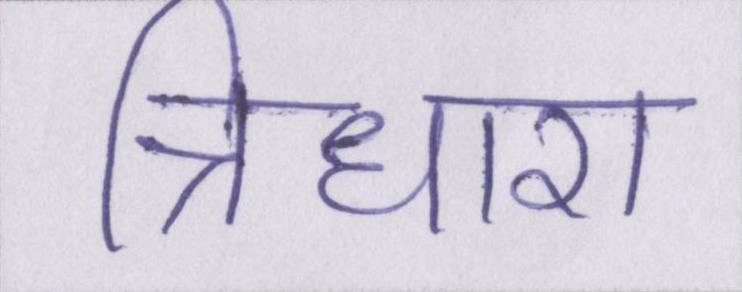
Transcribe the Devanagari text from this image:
त्रिधारा